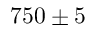
7 5 0 \pm 5